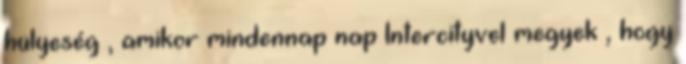
hülyeség , amikor mindennap nap Intercityvel megyek , hogy